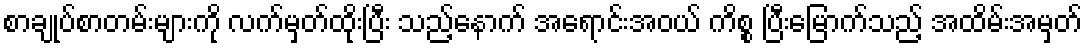
စာချုပ်စာတမ်းများကို လက်မှတ်ထိုးပြီး သည့်နောက် အရောင်းအဝယ် ကိစ္စ ပြီးမြောက်သည့် အထိမ်းအမှတ်